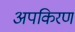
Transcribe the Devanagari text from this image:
अपकिरण